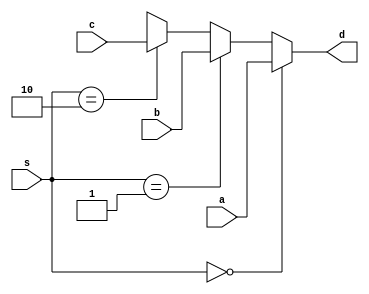
`timescale 1ns / 1ps
//////////////////////////////////////////////////////////////////////////////////
// Company: 
// Engineer: 
// 
// Design Name: 
// Module Name: Mux3
// Project Name: 
// Target Devices: 
// Tool Versions: 
// Description: 
// 
// Dependencies: 
// 
// Revision:
// Revision 0.01 - File Created
// Additional Comments:
// 
//////////////////////////////////////////////////////////////////////////////////


module Mux3(
    input [1:0] s,
    input [31:0] a,b,c,
    output[31:0] d
    );
    
    assign d = (s==2'b00)? a :
               (s==2'b01)? b : 
               (s==2'b10)? c : 32'hx;

endmodule